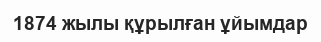
1874 жылы құрылған ұйымдар